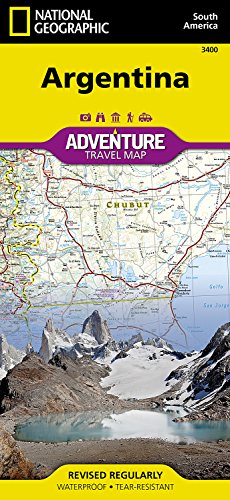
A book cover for Argentina (National Geographic Adventure Map); National Geographic Maps - Adventure; Travel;